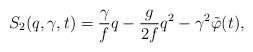
LaTeX: \begin{align*}S_{2}(q,\gamma,t)=\frac{\gamma}{f }q-\frac{g }{2f }q^{2}-\gamma^{2} \tilde{\varphi}(t),\end{align*}